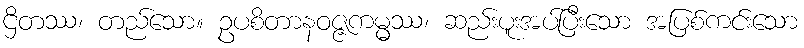
ဌိတဿ၊ တည်သော။ ဥပစိတာနဝဇ္ဇကမ္မ္မဿ၊ ဆည်းပူးအပ်ပြီးသော အပြစ်ကင်းသော